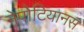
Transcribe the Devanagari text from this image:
नेपोटियानस